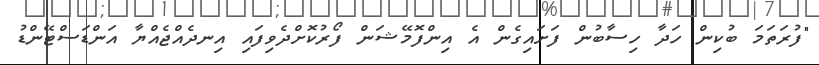
"ފުރަތަމަ ބުކިން ހަދާ ހިސާބުން ފަށައިގެން އެ އިންފޮމޭޝަން ފޯރުކޮށްދެވިފައި އިނދެއްޖެއްޔާ އަންޑަސްޓޭންޑު